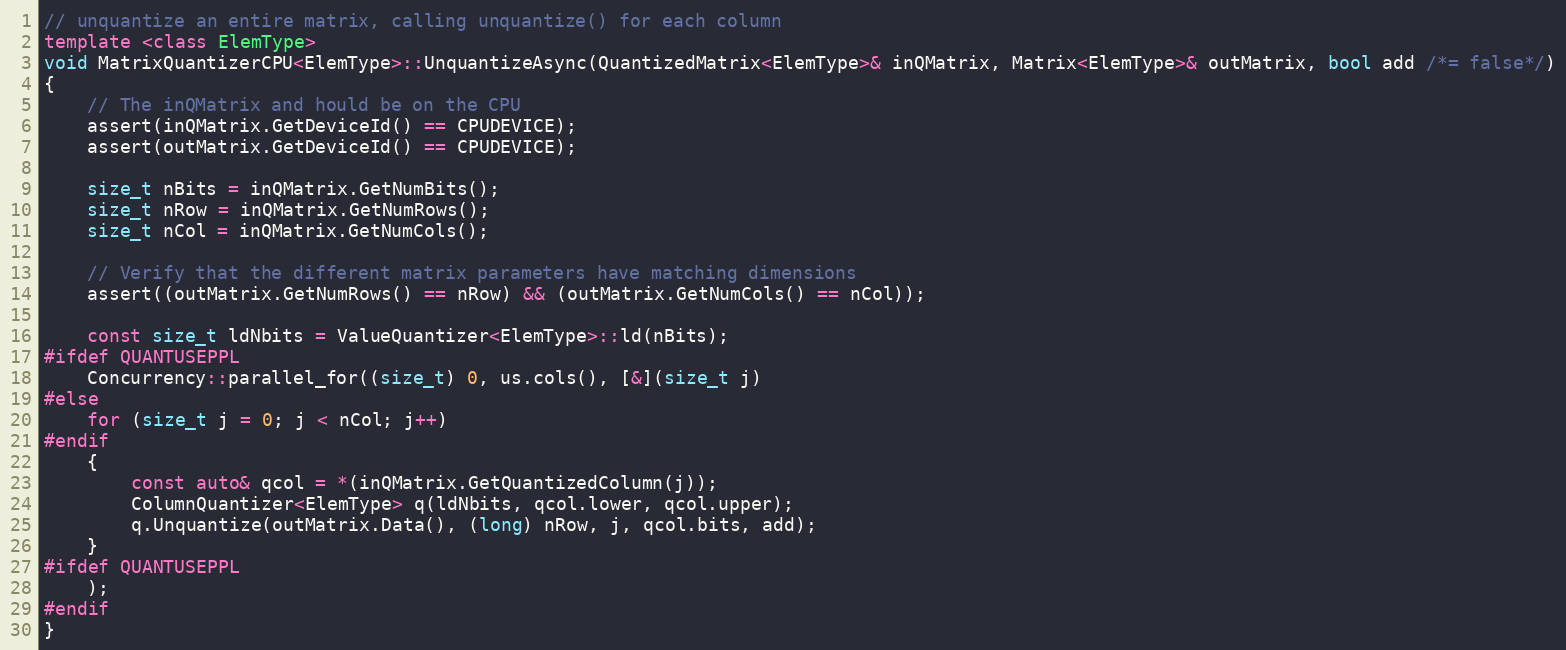
Language: C++
// unquantize an entire matrix, calling unquantize() for each column
template <class ElemType>
void MatrixQuantizerCPU<ElemType>::UnquantizeAsync(QuantizedMatrix<ElemType>& inQMatrix, Matrix<ElemType>& outMatrix, bool add /*= false*/)
{
    // The inQMatrix and hould be on the CPU
    assert(inQMatrix.GetDeviceId() == CPUDEVICE);
    assert(outMatrix.GetDeviceId() == CPUDEVICE);

    size_t nBits = inQMatrix.GetNumBits();
    size_t nRow = inQMatrix.GetNumRows();
    size_t nCol = inQMatrix.GetNumCols();

    // Verify that the different matrix parameters have matching dimensions
    assert((outMatrix.GetNumRows() == nRow) && (outMatrix.GetNumCols() == nCol));

    const size_t ldNbits = ValueQuantizer<ElemType>::ld(nBits);
#ifdef QUANTUSEPPL
    Concurrency::parallel_for((size_t) 0, us.cols(), [&](size_t j)
#else
    for (size_t j = 0; j < nCol; j++)
#endif
    {
        const auto& qcol = *(inQMatrix.GetQuantizedColumn(j));
        ColumnQuantizer<ElemType> q(ldNbits, qcol.lower, qcol.upper);
        q.Unquantize(outMatrix.Data(), (long) nRow, j, qcol.bits, add);
    }
#ifdef QUANTUSEPPL
    );
#endif
}